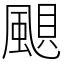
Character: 𩗗